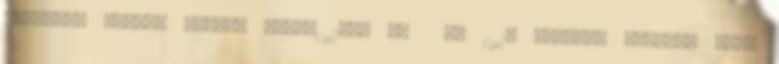
pilates, balett akciós áron: 1000 Ft fő 1h Barátnő kártya: hozz